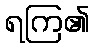
ရကြ၏